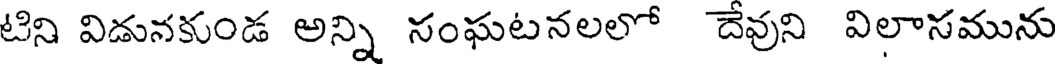
టిని విడునకుండ అన్ని సంఘటనలలో దేవుని విలాసమును